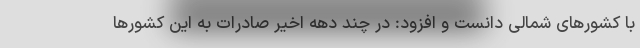
با کشورهای شمالی دانست و افزود: در چند دهه اخیر صادرات به این کشورها